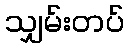
သျှမ်းတပ်